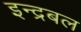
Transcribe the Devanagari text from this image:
इन्द्रबल